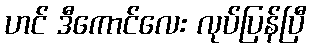
ဟင် ဒီကောင်လေး လုပ်ပြန်ပြီ